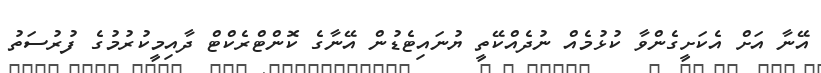
އޭނާ އަށް އެކަށީގެންވާ ކުޅުމެއް ނުދެއްކޭތީ ޔުނައިޓެޑުން އޭނާގެ ކޮންޓްރެކްޓް ދާއިމީކުރުމުގެ ފުރުސަތު